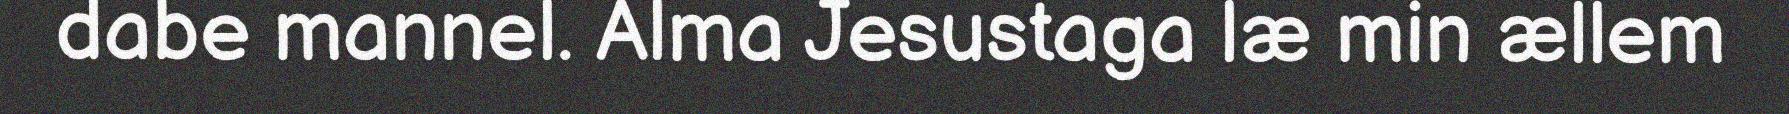
dabe mannel. Alma Jesustaga læ min ællem